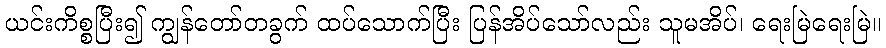
ယင်းကိစ္စပြီး၍ ကျွန်တော်တခွက် ထပ်သောက်ပြီး ပြန်အိပ်သော်လည်း သူမအိပ်၊ ရေးမြဲရေးမြဲ။